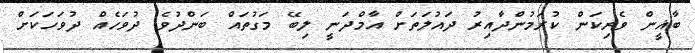
ބާޣީން ވެރިކަން ކުރަމުންދާއިރު ދައުލަތަށް އާމްދަނީ ލިބޭ މަގުތައް ބަންދުވެ ދުވަހެއް ދުވަހަކަށް